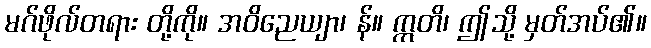
မဂ်ဖိုလ်တရား တို့ကို။ အဝိညေယျာ၊ န်။ ဣတိ၊ ဤသို့ မှတ်အပ်၏။